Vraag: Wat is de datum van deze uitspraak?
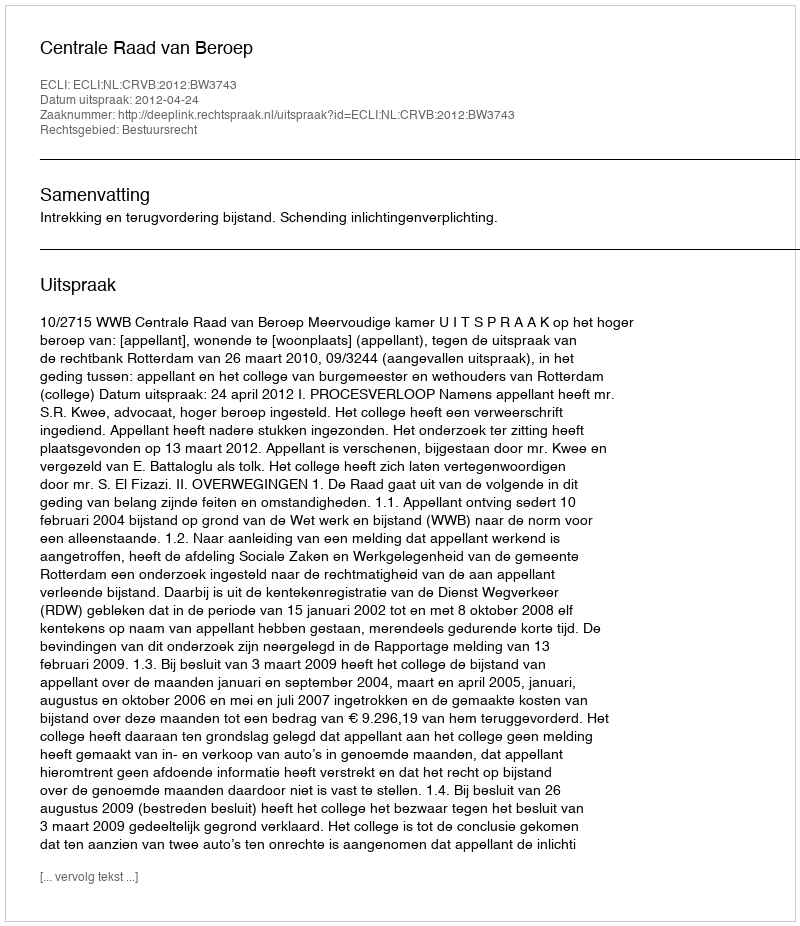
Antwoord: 2012-04-24